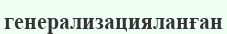
генерализацияланған